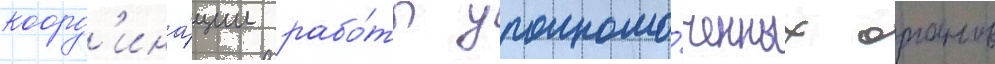
коорд'ина́ции рабо́ты уполномо́ченных органов